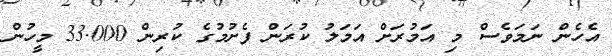
އެހެން ނަމަވެސް މި އަމުރަށް އަމަލު ކުރަން ފެށުމުގެ ކުރިން 33.000 މީހުން